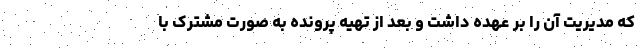
که مدیریت آن را بر عهده داشت و بعد از تهیه پرونده به صورت مشترک با